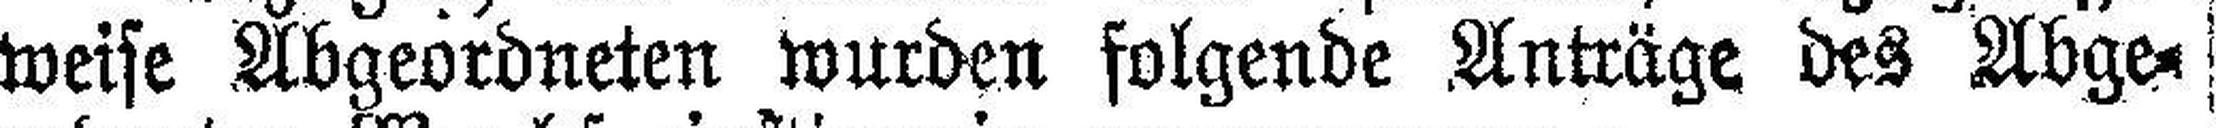
weise Abgeordneten wurden folgende Anträge des Abge¬